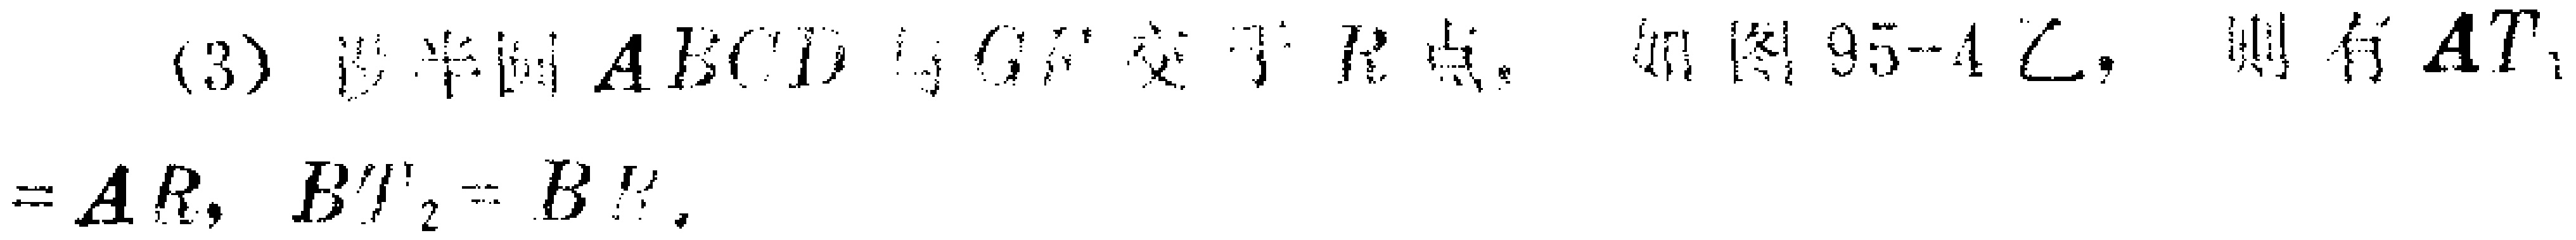
(3) 设平面 \(ABCD\) 与 \(l\) 交于 \(R\) 点，如图95 - 4乙，则有 \(A'T_{2}=AR\)，\(B'T_{2}=BR\)。